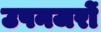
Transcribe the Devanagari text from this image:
उपनजरों